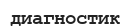
диагностик